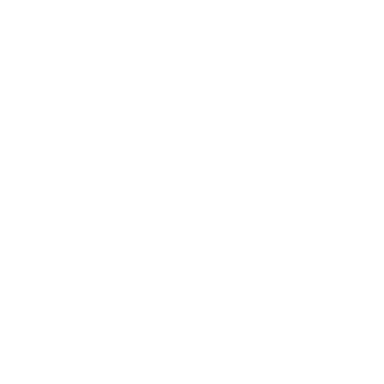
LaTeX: \fbox { \mathrm { i f } e _ { a } e _ { b } = \pm e _ { c } , \mathrm { t h e n } e _ { a + 1 } e _ { b + 1 } = \pm e _ { c + 1 } ; }